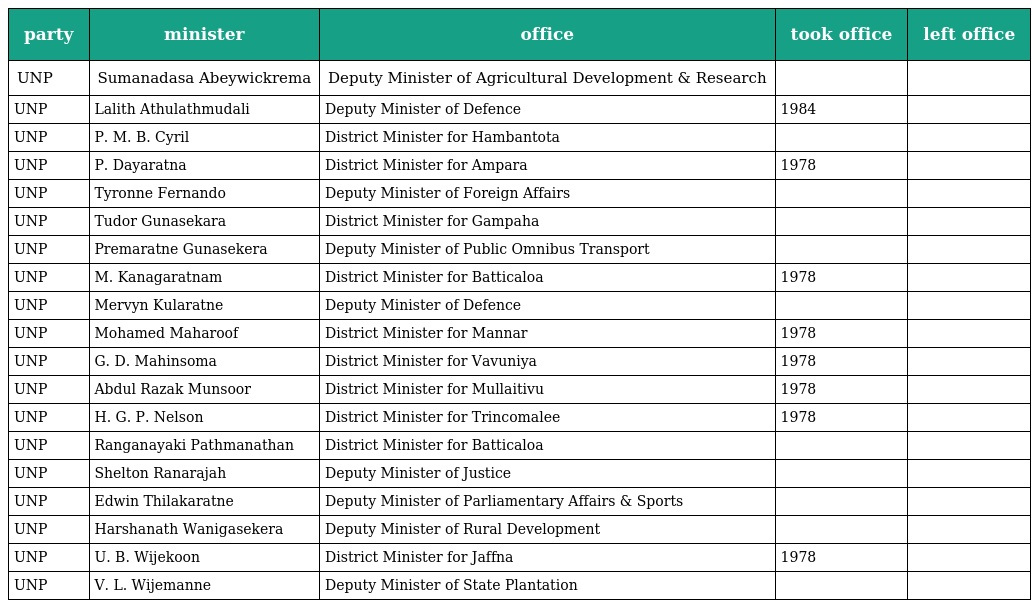
| party | minister | office | took office | left office |
 | --- | --- | --- | --- | --- |
 | UNP | Sumanadasa Abeywickrema | Deputy Minister of Agricultural Development & Research |  |  |
 | UNP | Lalith Athulathmudali | Deputy Minister of Defence | 1984 |  |
 | UNP | P. M. B. Cyril | District Minister for Hambantota |  |  |
 | UNP | P. Dayaratna | District Minister for Ampara | 1978 |  |
 | UNP | Tyronne Fernando | Deputy Minister of Foreign Affairs |  |  |
 | UNP | Tudor Gunasekara | District Minister for Gampaha |  |  |
 | UNP | Premaratne Gunasekera | Deputy Minister of Public Omnibus Transport |  |  |
 | UNP | M. Kanagaratnam | District Minister for Batticaloa | 1978 |  |
 | UNP | Mervyn Kularatne | Deputy Minister of Defence |  |  |
 | UNP | Mohamed Maharoof | District Minister for Mannar | 1978 |  |
 | UNP | G. D. Mahinsoma | District Minister for Vavuniya | 1978 |  |
 | UNP | Abdul Razak Munsoor | District Minister for Mullaitivu | 1978 |  |
 | UNP | H. G. P. Nelson | District Minister for Trincomalee | 1978 |  |
 | UNP | Ranganayaki Pathmanathan | District Minister for Batticaloa |  |  |
 | UNP | Shelton Ranarajah | Deputy Minister of Justice |  |  |
 | UNP | Edwin Thilakaratne | Deputy Minister of Parliamentary Affairs & Sports |  |  |
 | UNP | Harshanath Wanigasekera | Deputy Minister of Rural Development |  |  |
 | UNP | U. B. Wijekoon | District Minister for Jaffna | 1978 |  |
 | UNP | V. L. Wijemanne | Deputy Minister of State Plantation |  |  |